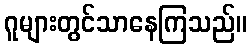
ဂူများတွင်သာနေကြသည်။